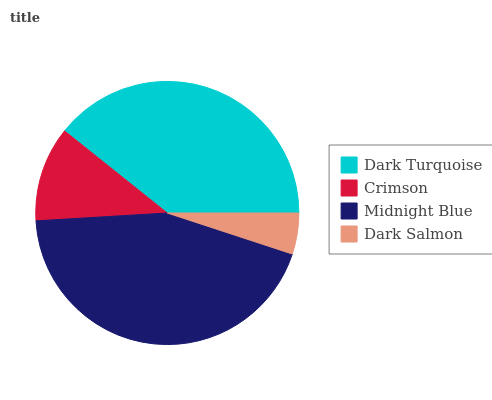
| Dark Turquoise | Crimson | Midnight Blue | Dark Salmon |
 | --- | --- | --- | --- |
 | 39.3% | 11.7% | 44% | 5.04% |